Indian journal of veterinary science and animal husbandry - Volume 1,
Year: 1931
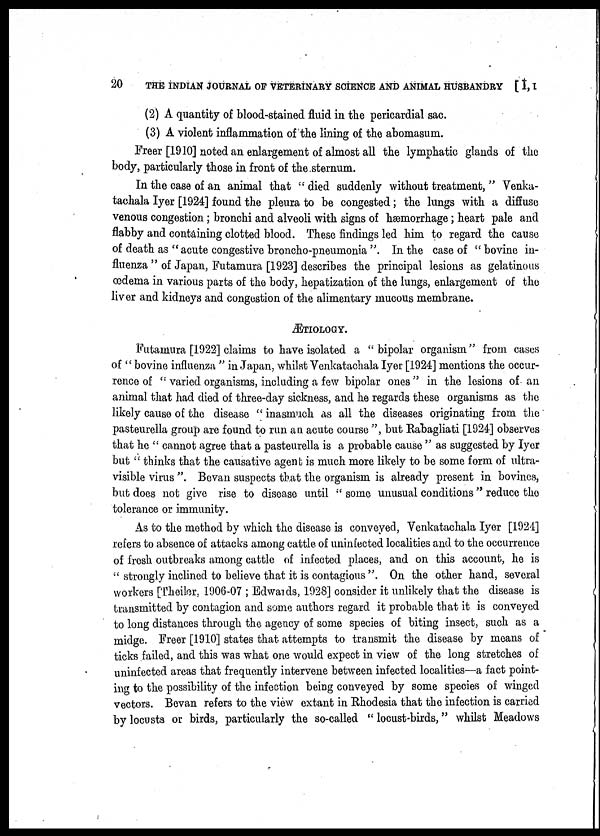
20
THE INDIAN JOURNAL OF VETERINARY SCIENCE AND ANIMAL HUSBANDRY [I, I
(2) A quantity of blood-stained fluid in the pericardial sac.
(3) A violent inflammation of the lining of the abomasum.
Freer [1910] noted an enlargement of almost all the lymphatic glands of the
body, particularly those in front of the sternum.
In the case of an animal that "died suddenly without treatment, " Venka-
tachala Iyer [1924] found the pleura to be congested; the lungs with a diffuse
venous congestion ; bronchi and alveoli with signs of hæmorrhage; heart pale and
flabby and containing clotted blood. These findings led him to regard the cause
of death as "acute congestive broncho-pneumonia ". In the case of " bovine in-
fluenza " of Japan, Futamura [1923] describes the principal lesions as gelatinous
œdema in various parts of the body, hepatization of the lungs, enlargement of the
liver and kidneys and congestion of the alimentary mucous membrane.
ÆTIOLOGY.
Futamura [1922] claims to have isolated a "bipolar organism" from cases
of "bovine influenza " in Japan, whilst Venkatachala Iyer [1924] mentions the occur-
rence of " varied organisms, including a few bipolar ones " in the lesions of an
animal that had died of three-day sickness, and he regards these organisms as the
likely cause of the disease " inasmuch as all the diseases originating from the
pasteurella group are found to run an acute course ", but Rabagliati [1924] observes
that he " cannot agree that a pasteurella is a probable cause " as suggested by Iyer
but " thinks that the causative agent is much more likely to be some form of ultra-
visible virus ". Bevan suspects that the organism is already present in bovincs,
but does not give rise to disease until " some unusual conditions " reduce the
tolerance or immunity.
As to the method by which the disease is conveyed, Venkatachala Iyer [1924]
refers to absence of attacks among cattle of uninfected localities and to the occurrence
of fresh outbreaks among cattle of infected places, and on this account, he is
" strongly inclined to believe that it is contagious ". On the other hand, several
workers [Theiler, 1906-07 ; Edwards, 1928] consider it unlikely that the disease is
transmitted by contagion and some authors regard it probable that it is conveyed
to long distances through the agency of some species of biting insect, such as a
midge. Freer [1910] states that attempts to transmit the disease by means of
ticks failed, and this was what one would expect in view of the long stretches of
uninfected areas that frequently intervene between infected localities—a fact point-
ing to the possibility of the infection being conveyed by some species of winged
vectors. Bevan refers to the view extant in Rhodesia that the infection is carried
by locusts or birds, particularly the so-called " locust-birds," whilst Meadows